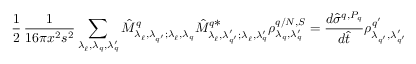
{ \frac { 1 } { 2 } } \, \frac { 1 } { 1 6 \pi x ^ { 2 } s ^ { 2 } } \sum _ { \lambda _ { \ell } ^ { \, } , \lambda _ { q } ^ { \, } , \lambda _ { q } ^ { \prime } } \hat { M } _ { \lambda _ { \ell } ^ { \, } , \lambda _ { q ^ { \prime } } ^ { \, } ; \lambda _ { \ell } ^ { \, } , \lambda _ { q } ^ { \, } } ^ { q } \hat { M } _ { \lambda _ { \ell } ^ { \, } , \lambda _ { q ^ { \prime } } ^ { \prime } ; \lambda _ { \ell } ^ { \, } , \lambda _ { q } ^ { \prime } } ^ { q \textstyle { * } } \rho _ { \lambda _ { q } ^ { \, } , \lambda _ { q } ^ { \prime } } ^ { q / N , S } = \frac { d \hat { \sigma } ^ { q , P _ { q } } } { d \hat { t } } \rho _ { \lambda _ { q ^ { \prime } } ^ { \, } , \lambda _ { q ^ { \prime } } ^ { \prime } } ^ { q ^ { \prime } }